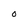
Character: o